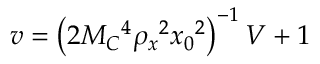
v = \left( 2 M _ { C } { } ^ { 4 } \rho _ { x } { } ^ { 2 } x _ { 0 } { } ^ { 2 } \right) ^ { - 1 } V + 1